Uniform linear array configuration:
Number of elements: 8
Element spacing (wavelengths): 0.75
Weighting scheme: binomial
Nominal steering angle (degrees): -60
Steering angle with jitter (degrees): -61.39
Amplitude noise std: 0.05
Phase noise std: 0.05

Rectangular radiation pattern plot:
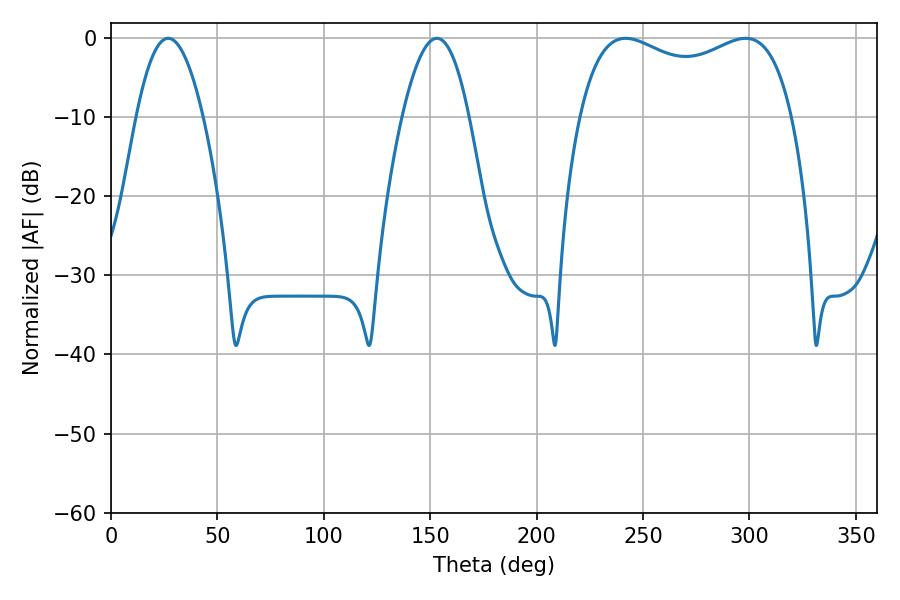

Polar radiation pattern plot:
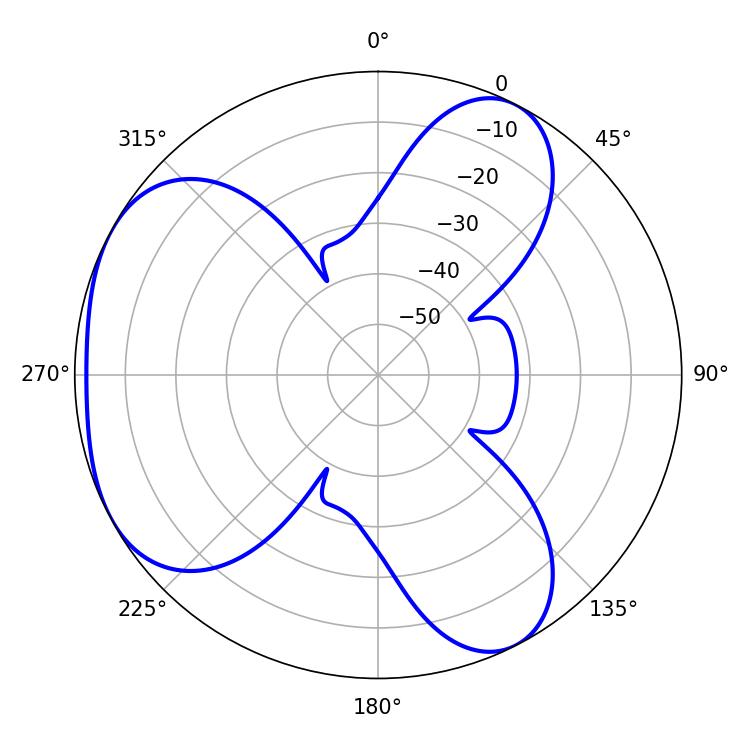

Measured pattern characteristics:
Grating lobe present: TRUE
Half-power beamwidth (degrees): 82.8
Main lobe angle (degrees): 241.74